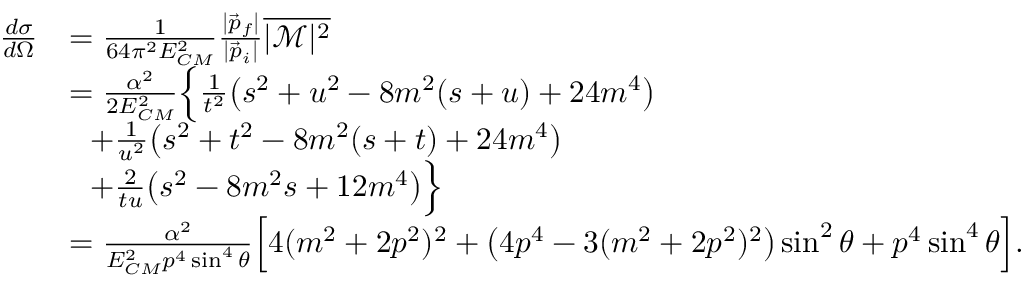
{ \begin{array} { r l } { { \frac { d \sigma } { d \Omega } } } & { = { \frac { 1 } { 6 4 \pi ^ { 2 } E _ { C M } ^ { 2 } } } { \frac { | { \vec { p } } _ { f } | } { | { \vec { p } } _ { i } | } } { \overline { { | { \mathcal { M } } | ^ { 2 } } } } } \\ & { = { \frac { \alpha ^ { 2 } } { 2 E _ { C M } ^ { 2 } } } { \Big \{ \frac { 1 } { t ^ { 2 } } } { \big ( } s ^ { 2 } + u ^ { 2 } - 8 m ^ { 2 } ( s + u ) + 2 4 m ^ { 4 } { \big ) } } \\ & { ~ ~ + { \frac { 1 } { u ^ { 2 } } } { \big ( } s ^ { 2 } + t ^ { 2 } - 8 m ^ { 2 } ( s + t ) + 2 4 m ^ { 4 } { \big ) } } \\ & { ~ ~ + { \frac { 2 } { t u } } { \big ( } s ^ { 2 } - 8 m ^ { 2 } s + 1 2 m ^ { 4 } { \big ) } { \Big \} } } \\ & { = { \frac { \alpha ^ { 2 } } { E _ { C M } ^ { 2 } p ^ { 4 } \sin ^ { 4 } \theta } } { \Big [ } 4 ( m ^ { 2 } + 2 p ^ { 2 } ) ^ { 2 } + { \big ( } 4 p ^ { 4 } - 3 ( m ^ { 2 } + 2 p ^ { 2 } ) ^ { 2 } { \big ) } \sin ^ { 2 } \theta + p ^ { 4 } \sin ^ { 4 } \theta { \Big ] } . } \end{array} }